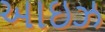
આઇઝ